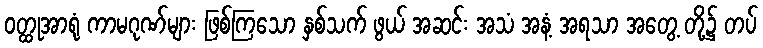
ဝတ္ထုအာရုံ ကာမဂုဏ်များ ဖြစ်ကြသော နှစ်သက် ဖွယ် အဆင်း အသံ အနံ့ အရသာ အတွေ့ တို့၌ တပ်